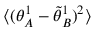
\big \langle ( { \theta } _ { A } ^ { 1 } - \tilde { \theta } _ { B } ^ { 1 } ) ^ { 2 } \big \rangle